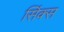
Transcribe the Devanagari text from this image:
सिंक्स